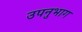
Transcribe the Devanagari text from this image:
उपनुभाग